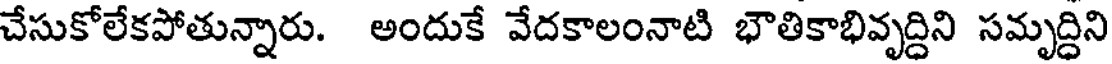
చేసుకోలేకపోతున్నారు. అందుకే వేదకాలంనాటి భౌతికాభివృద్దిని సమృద్దిని